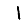
Digit: 1